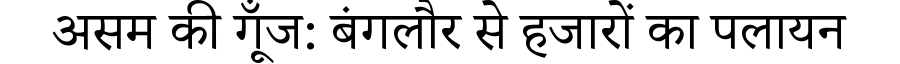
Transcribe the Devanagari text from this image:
असम की गूँज: बंगलौर से हजारों का पलायन